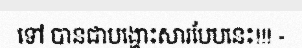
ទៅ បានជាបង្ហោះសារបែបនេះ!!! -